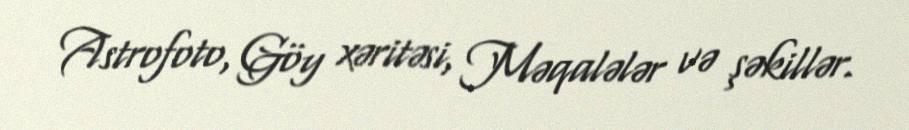
Astrofoto, Göy xəritəsi, Məqalələr və şəkillər.